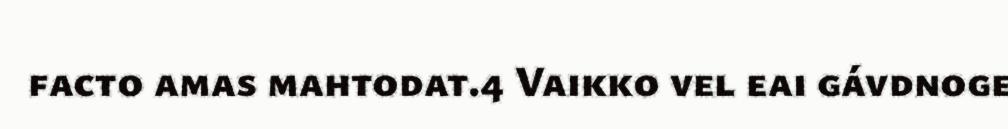
facto amas mahtodat.4 Vaikko vel eai gávdnoge